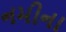
નમીના